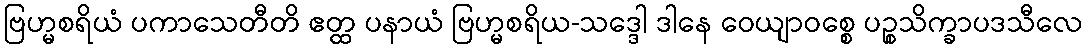
ဗြဟ္မစရိယံ ပကာသေတီတိ ဧတ္ထ ပနာယံ ဗြဟ္မစရိယ-သဒ္ဒေါ ဒါနေ ဝေယျာဝစ္စေ ပဉ္စသိက္ခာပဒသီလေ